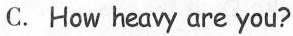
C. How heavy are you?